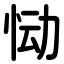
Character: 恸